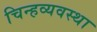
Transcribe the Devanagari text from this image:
चिन्हव्यवस्था